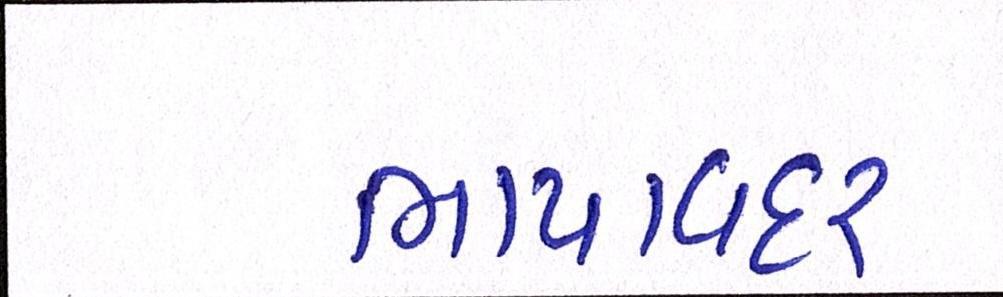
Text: ભાયાવદર